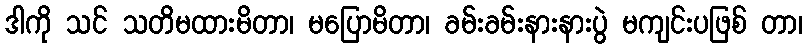
ဒါကို သင် သတိမထားမိတာ၊ မပြောမိတာ၊ ခမ်းခမ်းနားနားပွဲ မကျင်းပဖြစ် တာ၊